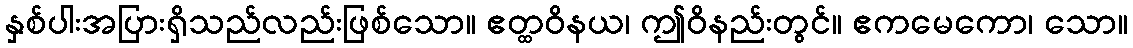
နှစ်ပါးအပြားရှိသည်လည်းဖြစ်သော။ ဧတ္ထဝိနယ၊ ဤဝိနည်းတွင်။ ဧကမေကော၊ သော။